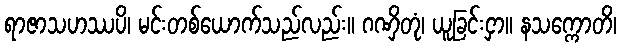
ရာဇာသဟဿပိ၊ မင်းတစ်ယောက်သည်လည်း။ ဂဏှိတုံ၊ ယူခြင်းငှာ။ နသက္ကောတိ၊